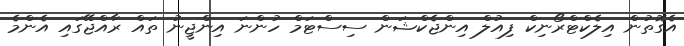
އެގޮތުން އިލެކްޓްރޯނިކް ފިއުލް އިންޖެކްޝަން ސިސްޓަމް ހުންނަ އިންޖީނު ތައް ރާއްޖޭގައި އެންމެ